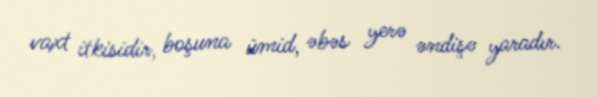
vaxt itkisidir, boşuna ümid, əbəs yerə əndişə yaradır.